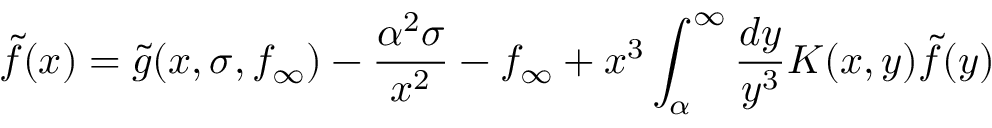
\tilde { f } ( x ) = \tilde { g } ( x , \sigma , f _ { \infty } ) - \frac { \alpha ^ { 2 } \sigma } { x ^ { 2 } } - f _ { \infty } + x ^ { 3 } \int _ { \alpha } ^ { \infty } \frac { d y } { y ^ { 3 } } K ( x , y ) \tilde { f } ( y )